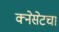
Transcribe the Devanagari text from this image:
क्नेसेटचा